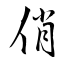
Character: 俏